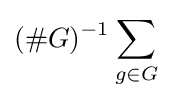
(\#G)^{-1}\sum _{g\in G}